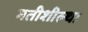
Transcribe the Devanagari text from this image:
मतीशील्था